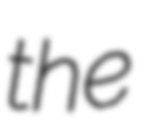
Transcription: the